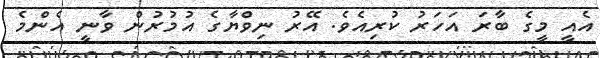
އެެއީ މީގެ ބާރަ އަހަރު ކުރިއެވެ. އޭރު ނިވްޔާގެ އުމުރުން ވާނީ އެންމެ